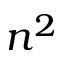
n ^ { 2 }